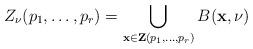
LaTeX: \begin{align*}Z_\nu(p_1,\ldots,p_r)=\bigcup_{\mathbf{x}\in \mathbf{Z}(p_1,\ldots,p_r)} B(\mathbf{x},\nu)\end{align*}